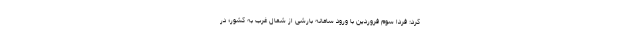
کرد: فردا سوم فروردین با ورود سامانه بارشی از شمال غرب به کشور؛ در